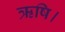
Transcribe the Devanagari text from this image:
ऋषि।